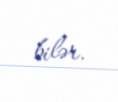
bilər.